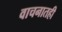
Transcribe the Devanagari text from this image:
वाचनातही